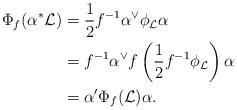
LaTeX: \begin{align*}\Phi_f(\alpha^\ast \mathcal{L}) &= \frac{1}{2} f^{-1} \alpha^\vee \phi_\mathcal{L} \alpha \\&= f^{-1} \alpha^\vee f \left(\frac{1}{2} f^{-1} \phi_{\mathcal{L}} \right) \alpha \\&= \alpha' \Phi_f(\mathcal{L}) \alpha.\end{align*}